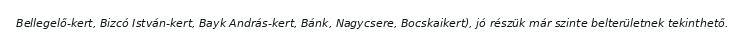
Bellegelő-kert, Bizcó István-kert, Bayk András-kert, Bánk, Nagycsere, Bocskaikert), jó részük már szinte belterületnek tekinthető.